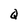
Character: Q